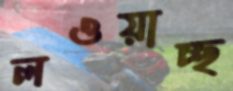
লওয়াচ্ছ